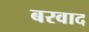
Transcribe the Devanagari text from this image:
बरवाद